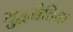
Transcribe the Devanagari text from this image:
युद्धनैतिक